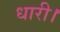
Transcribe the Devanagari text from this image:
धारी।